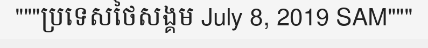
"""ប្រទេសថៃសង្គម July 8, 2019 SAM"""